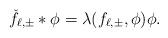
LaTeX: \begin{align*}\check{f}_{\ell, \pm} *\phi =\lambda(f_{\ell, \pm}, \phi) \phi.\end{align*}